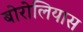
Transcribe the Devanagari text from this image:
बोरोलियास